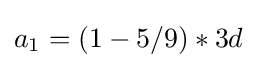
a_{1}=(1-5/9)*3d